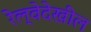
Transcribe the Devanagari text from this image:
रेल्वेदेखील